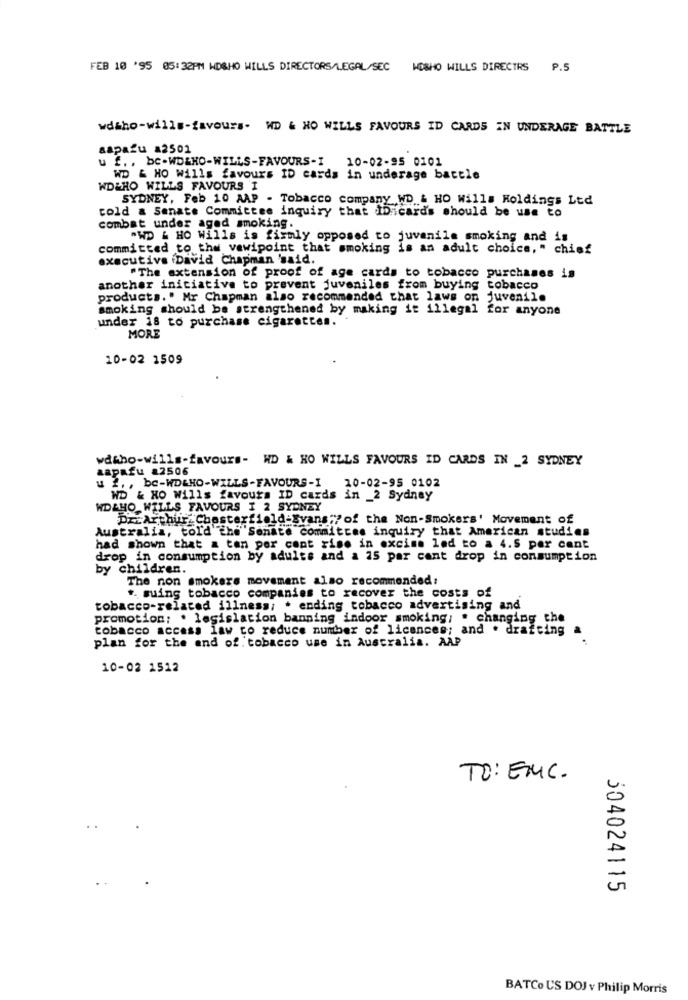
FEB 10 '95 05:32PM WDBHO WILLS DIRECTORS/LEGAL/SEC MOSHO WILLS DIRECTRS 9.5
wdaho-wills-favours. WD & HO WILLS FAVOURS ID CARDS EN UNDERAGE BATTLE
aapazu a2501
f ., bc-WD&HO-WILLS-FAVOURS-I 10-02-95 0101
WD & HO Wills favours ID cards in underage battle
WDWHO WILLS FAVOURS I
SYDNEY, Feb 10 AAP - Tobacco company WD & HO Wills Holdings Ltd
cold & Senate Committee inquiry that IDicards should be use to
combat under aged smoking.
"WD & HO Wills is firmly opposed to juvenile smoking and is
committed to the vawipoint that smoking is an adult choice, " chief
executive David Chapman 'said.
"The extension of proof of age cards to tobacco purchases is
another iniciativa to prevent juveniles from buying tobacco
products." Mr Chapman also recommended that laws on juvenile
smoking should be strengthened by making it illegal for anyone
under 18 to purchase cigarettes.
MORE
10-02 1509
aapafu 22506
wdwho-wills-favours- WD & HO WILLS FAVOURS ID CARDS IN _2 SYDNEY
u 2, , bc-WDLHO-WILLS-FAVOURS-I
20-02-95 0102
WD & KO Wills favours ID cards in _2 Sydney
WDLHO WILLS FAVOURS I 2 SYDNEY
Dr.Arthur Chesterfield-Evans:"of the Non-Smokers' Movement of
Australia, told the Senate committee inquiry that American studies
had shown that a tan por cont rise in excise led to a 4.5 per cent
drop in consumption by adults and a 15 par cant drop in consumption
by children.
The non smokers movement also recommended:
+. suing tobacco companies to recover the costs of
tobacco-related illness; . ending tobacco advertising and
promotion: . legislation banning indoor smoking; . changing the
tobacco access law to reduce number of licences; and . drafting
plan for the end of tobacco use in Australia. AAP
10-02 1512
TO: EMC.
304024115
BATCo US DOJ v Philip Morris